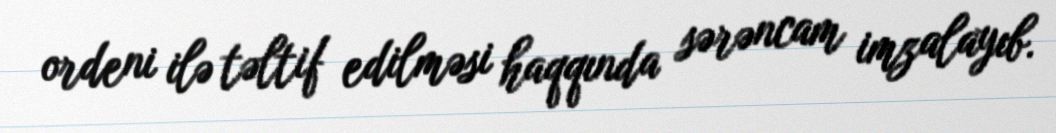
ordeni ilə təltif edilməsi haqqında sərəncam imzalayıb.